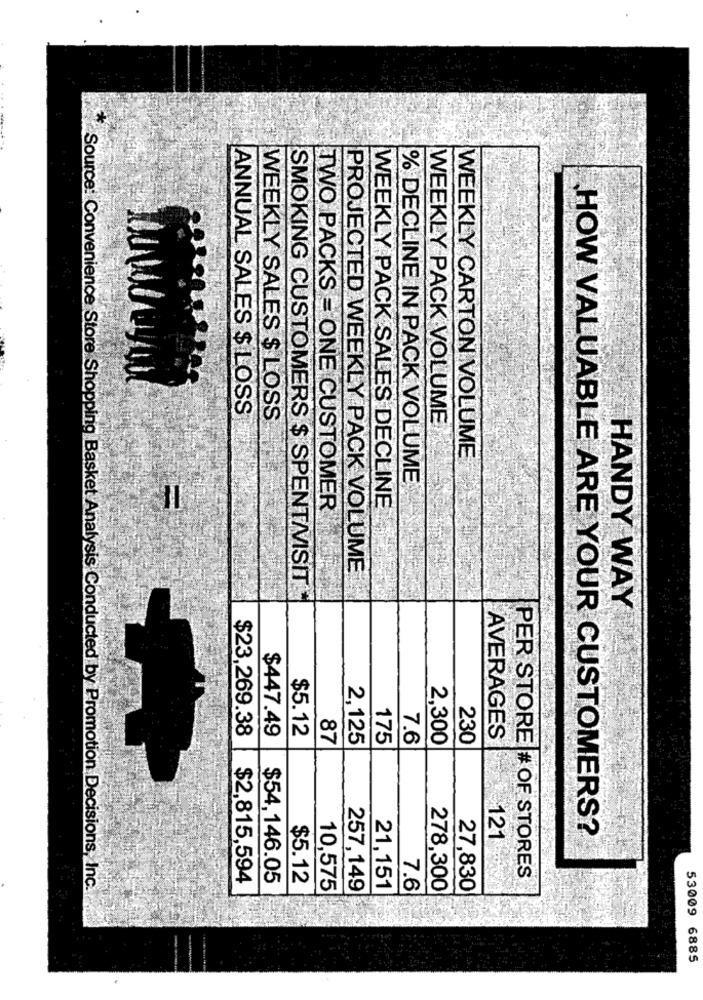
ANNUAL SALES $ LOSS
WEEKLY SALES $ LOSS
WEEKLY PACK VOLUME
WEEKLY CARTON VOLUME
% DECLINE IN PACK VOLUME
TWO PACKS = ONE CUSTOMER
WEEKLY PACK SALES DECLINE
PROJECTED WEEKLY PACK VOLUME
SMOKING CUSTOMERS $ SPENT/VISIT
HANDY WAY
$23,269.38
$447.49
$5.12
87
2,125
175
7.6
2,300
230
AVERAGES
HOW VALUABLE ARE YOUR CUSTOMERS?
121
$2,815,594
$54,146.05
$5.12
PER STORE # OF STORES
Source: Convenience Store Shopping Basket Analysis Conducted by Promotion Decisions, Inc.
10,575
257,149
21,151
7.6
278,300
27,830
53009 6885